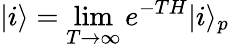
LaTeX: |i\rangle=\operatorname*{lim}_{T\rightarrow\infty}e^{-TH}|i\rangle_{p}